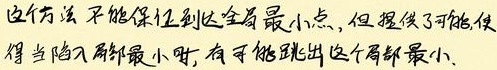
这个方法不能保证到达全局最小点，但提供了可能使得当陷入局部最小时，有可能跳出这个局部最小。